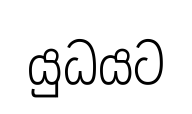
යුධයට